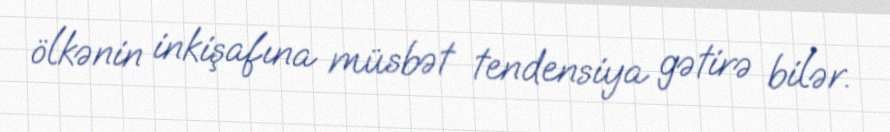
ölkənin inkişafına müsbət tendensiya gətirə bilər.